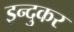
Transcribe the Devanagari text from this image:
इन्दुकर